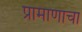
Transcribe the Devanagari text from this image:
प्रामाणाचा